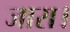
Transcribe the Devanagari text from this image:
जारा।